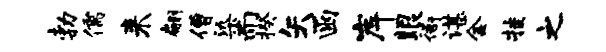
勃儒来翩僧染而揆矢函岸眼衙谌金挂之